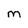
Character: m